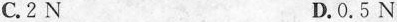
C.2N D.0.5N